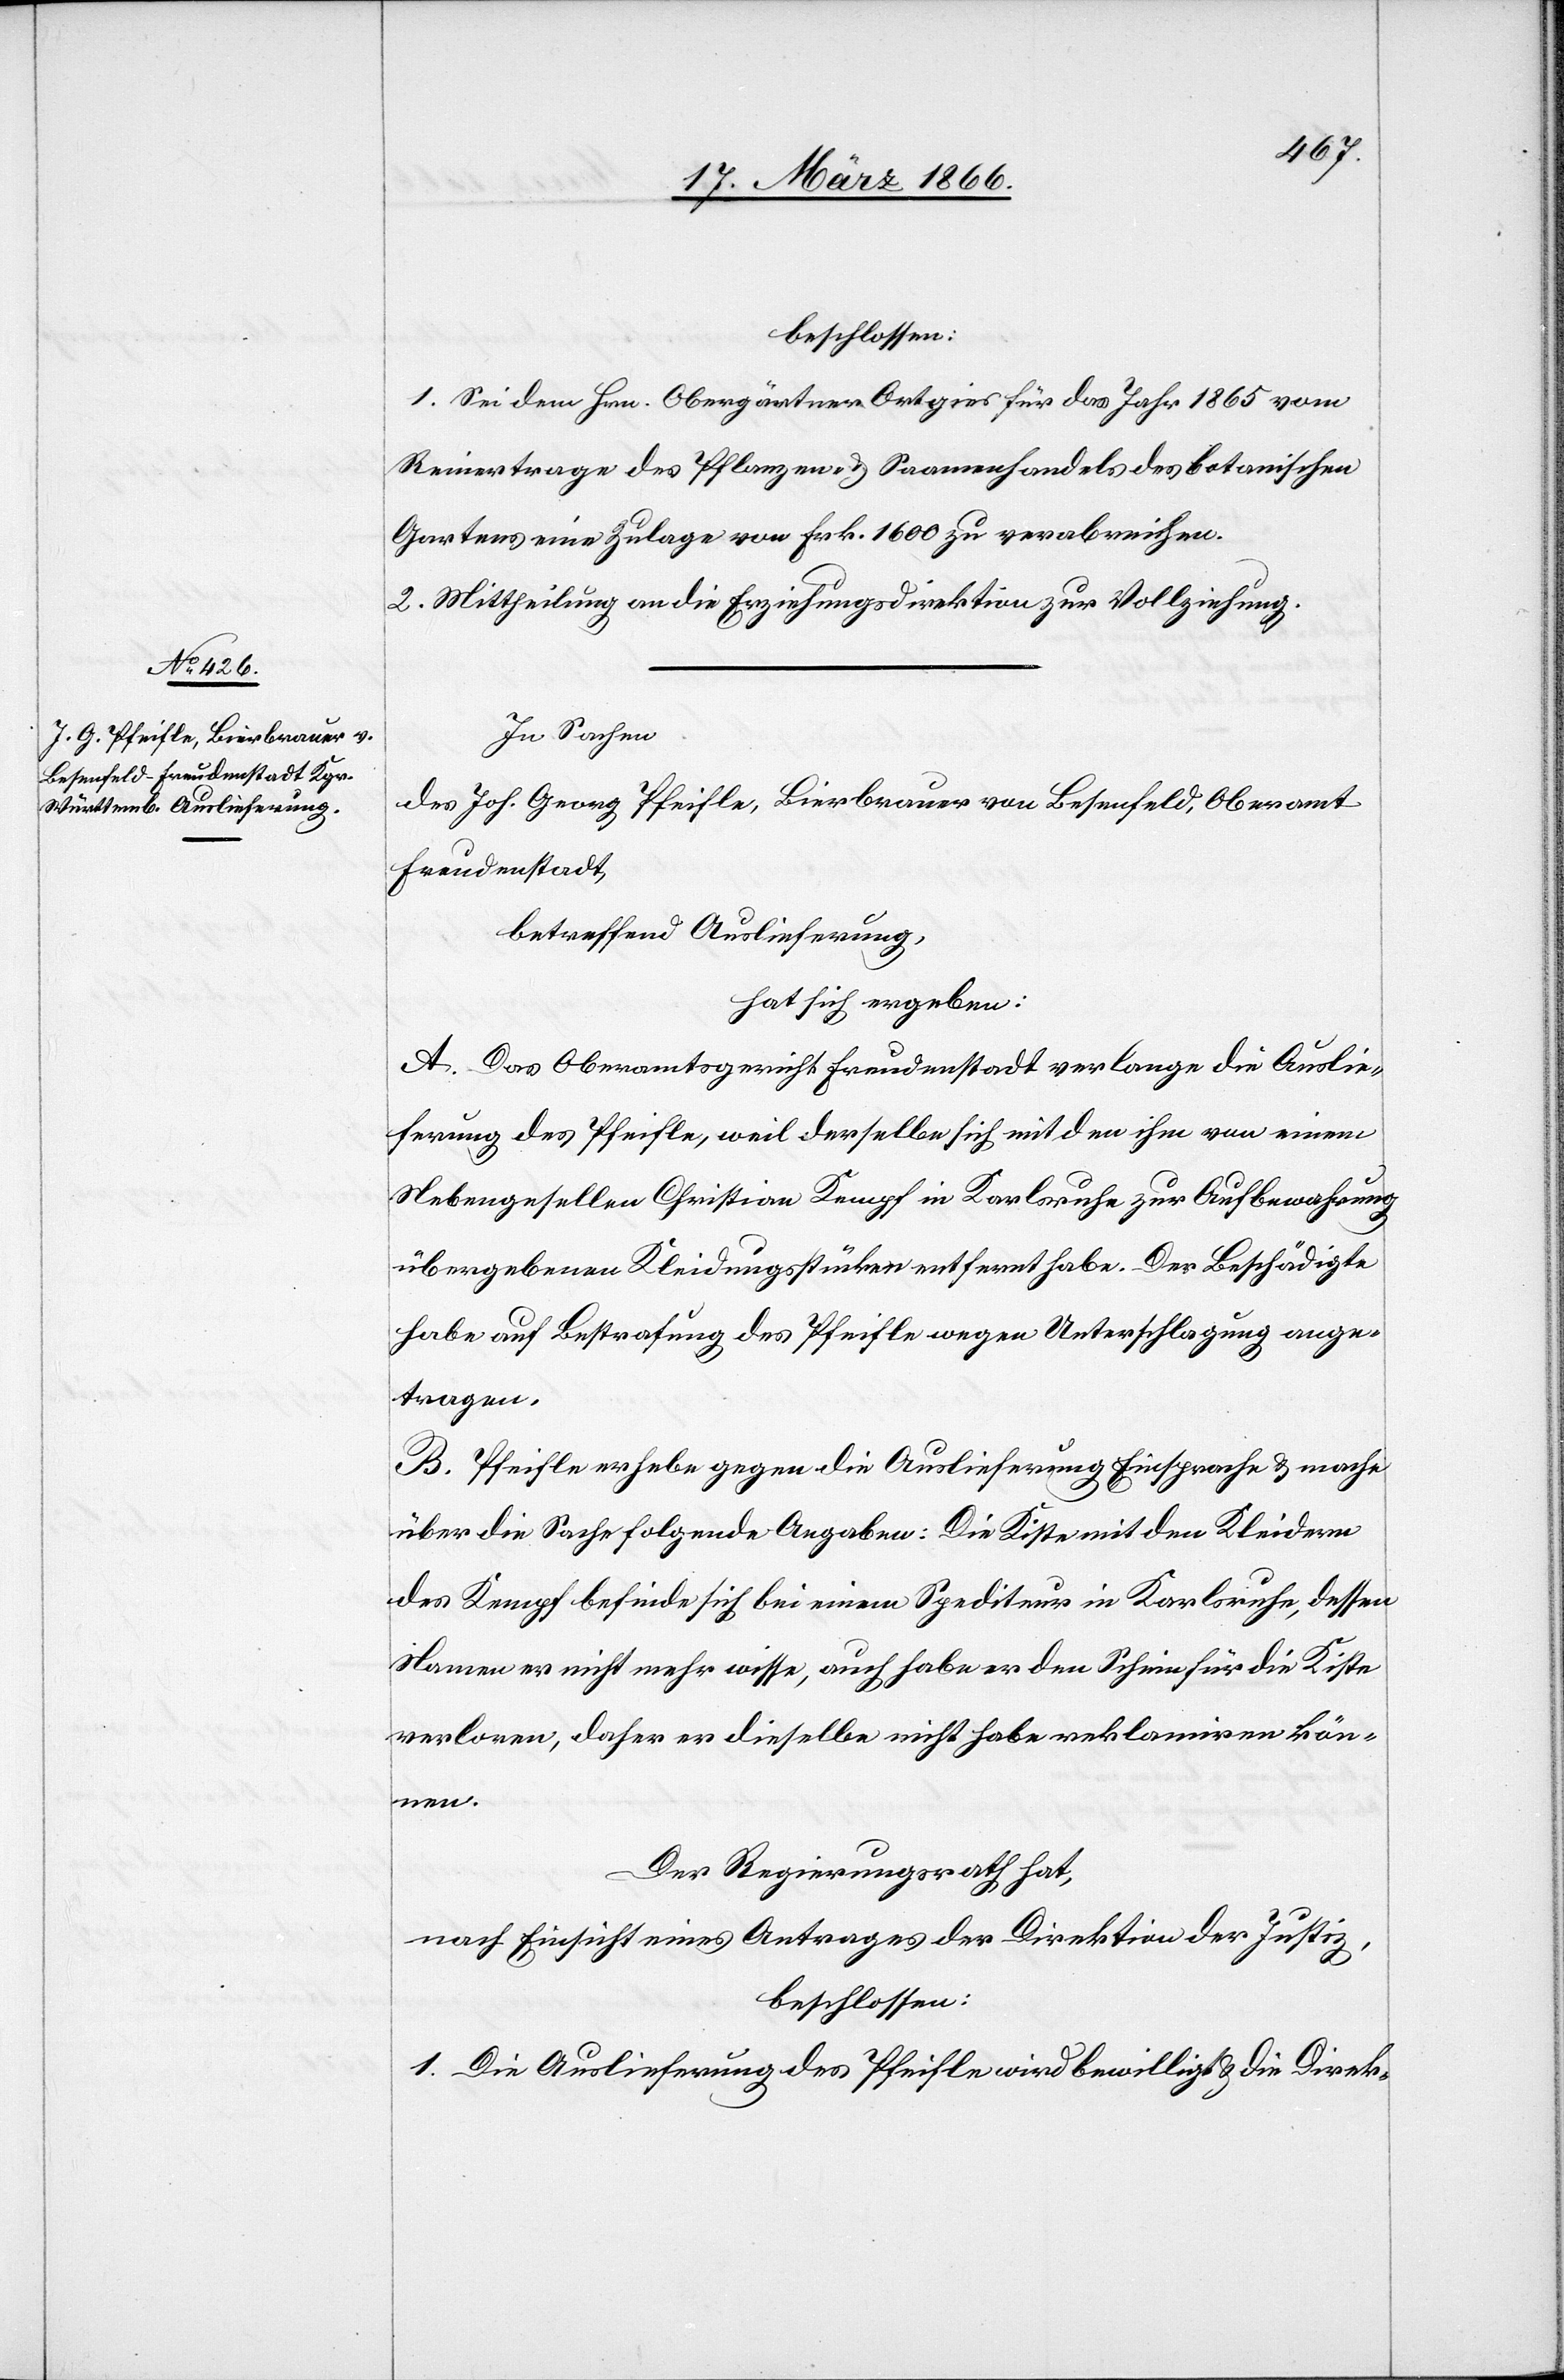
beschlossen:
1. Sei dem Hrn. Obergärtner Ortgies für das Jahr 1865 vom
Reinertrage des Pflanzen- u. Saamenhandels des botanischen
Gartens eine Zulage von Frk. 1600 zu verabreichen.
2. Mittheilung an die Erziehungsdirektion zur Vollziehung.
In Sachen
des Joh. Georg Pfeifle, Bierbrauer von Besenfeld, Oberamt
Freudenstadt,
betreffend Auslieferung,
hat sich ergeben:
A. Das Oberamtsgericht Freudenstadt verlange die Auslie¬
ferung des Pfeifle, weil derselbe sich mit dem ihm von einem
Nebengesellen Christian Kempf in Karlsruhe zur Aufbewahrung
übergebenen Kleidungsstücke entfernt habe. Der Beschädigte
habe auf Bestrafung des Pfeifle wegen Unterschlagung ange¬
tragen.
B. Pfeifle erhebe gegen die Auslieferung Einsprache u. mache
über die Sache folgende Angaben: Die Liste mit den Kleidern
des Kempf befinde sich bei einem Spediteur in Karlsruhe, dessen
Namen er nicht mehr wisse, auch habe er den Schein für die Kiste
verloren, daher er dieselbe nicht habe reklamiren kön¬
nen.
Der Regierungsrath hat,
nach Einsicht eines Antrages der Direktion der Justiz,
beschlossen:
1. Die Auslieferung des Pfeifle wird bewilligt u. die Direk-